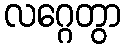
လဂ္ဂေတွာ